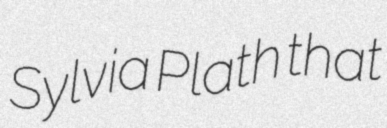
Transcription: Sylvia Plath that